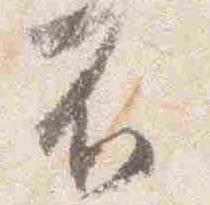
不